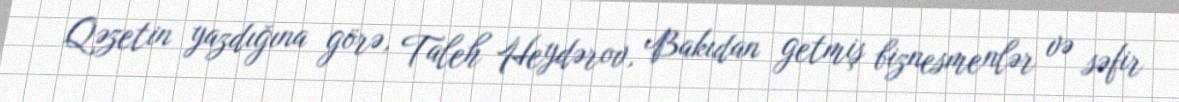
Qəzetin yazdığına görə, Taleh Heydərov, Bakıdan getmiş biznesmenlər və səfir